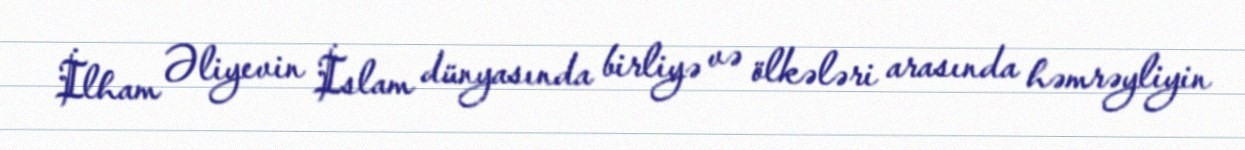
İlham Əliyevin İslam dünyasında birliyə və ölkələri arasında həmrəyliyin